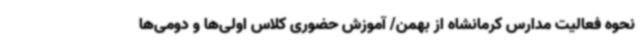
نحوه فعالیت مدارس کرمانشاه از بهمن/ آموزش حضوری کلاس اولی‌ها و دومی‌ها